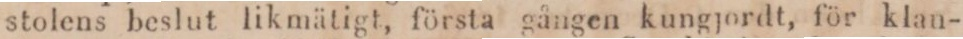
stolens beslut likmätigt, första gången kungjordt, för klan-